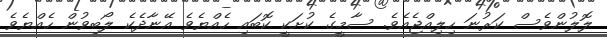
ލޮލުންވެސް ކަރުނަ ހިލިއްޖެއެވެ. ސާމީގެ ކުށަކީ ކޮބައި ހެއްޔެވެ އޭނާދެކެ ލޯބިވުން ހެއްޔެވެ